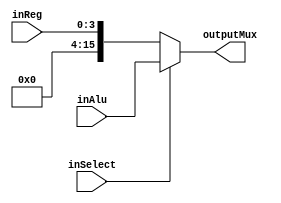
`timescale 1ns / 1ps

//Module Mux al lado del ALU
module mux_Alu(inReg, inAlu, inSelect, outputMux);

//Input from the Input Register
input [3:0] inReg;

//input From ALU
input [15:0] inAlu;

//Selector for what is gonna be the output
input inSelect;

//the output that enter on ACCRegister
output reg [15:0] outputMux;

//fire when somenthing of the inputs change
always @ (*)
    
    //if select = 0, then the output will be the input reg
    if(inSelect == 0)
        outputMux <= inReg;
        //else, the output will be the Alu output
    else 
        outputMux <= inAlu;

endmodule